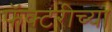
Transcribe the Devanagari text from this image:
फॅक्टरीच्या